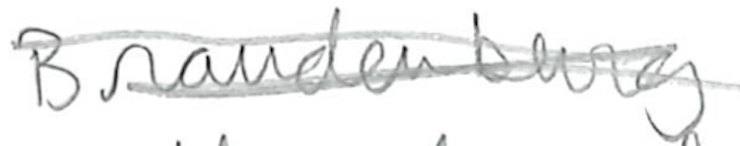
Text: Brandenburg
Cross-out: scratch
Writing tool: pencil